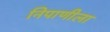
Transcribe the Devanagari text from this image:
निपाणीला